Document type: Inventory
Year: 1295
Scribe: Pere Marc
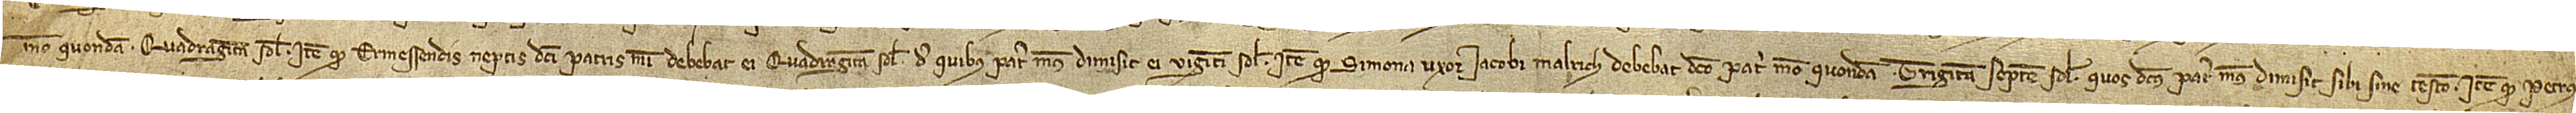
meo, quondam, quadraginta solidos; item, quod Ermessendis, neptis dicti patris mei, debebat ei quadraginta solidos, de quibus pater meus dimisit ei viginti solidos; item, quod Simona, uxor Iacobi Malrich, debebat dicto patri meo, quondam, triginta septem solidos quos dictus pater meus dimisit sibi sine testamento; item, quod Petrus